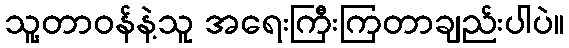
သူ့တာဝန်နဲ့သူ အရေးကြီးကြတာချည်းပါပဲ။